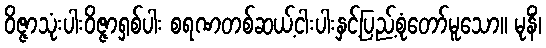
ဝိဇ္ဇာသုံးပါးဝိဇ္ဇာရှစ်ပါး စရဏတစ်ဆယ့်ငါးပါးနှင့်ပြည့်စုံတော်မူသော။ မုနိံ၊